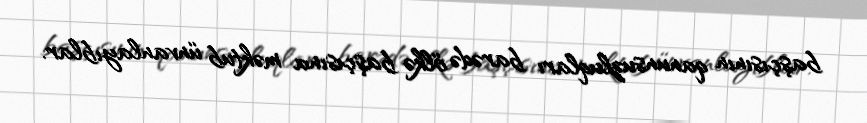
başçısının qanunsuzluqları barədə ölkə başçısına məktub ünvanlayıblar.